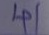
41